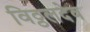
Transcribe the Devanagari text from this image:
विठ्ठलदेव